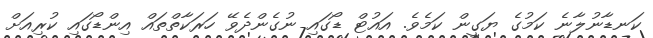
ކަނޑާނުލާނެ ކަމުގެ ޔަގީން ކަމެވެ. އައުޓް ޑޯގައި ނުގެންދެވޭ ހަރަކާތްތައް އިންޑޯގައި ކުރިއަށް